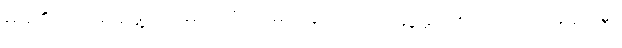
မိမိ၏အငြိမ့်အဖွဲ့သားများကို ထမင်းချက်၊ ကားဆွဲမှအစ ပြည့်ပြည့်စုံစုံကြီး